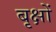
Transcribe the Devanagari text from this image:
बृक्षों